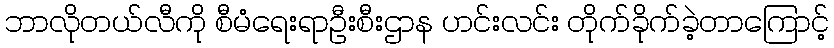
ဘာလိုတယ်လီကို စီမံရေးရာဦးစီးဌာန ဟင်းလင်း တိုက်ခိုက်ခဲ့တာကြောင့်